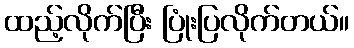
ထည့်လိုက်ပြီး ပြုံးပြလိုက်တယ်။